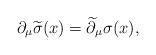
LaTeX: \begin{align*}\partial_\mu\widetilde\sigma(x)=\widetilde\partial_\mu\sigma(x),\end{align*}